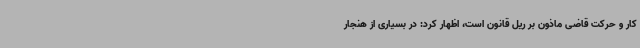
کار و حرکت قاضی ماذون بر ریل قانون است، اظهار کرد: در بسیاری از هنجار